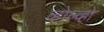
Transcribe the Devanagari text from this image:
व्होल्व्हो